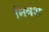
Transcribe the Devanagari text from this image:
निवश